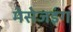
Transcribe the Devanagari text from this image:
मेसेजइंग